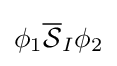
\phi _{1}{\overline {\mathcal {S}}}_{I}\phi _{2}